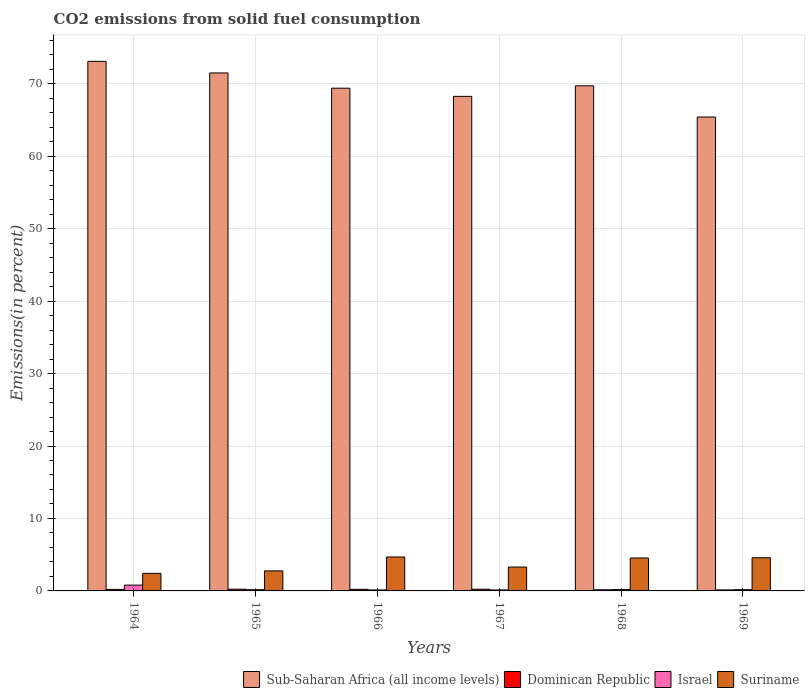
| Years | Sub-Saharan Africa (all income levels) | Dominican Republic | Israel | Suriname |
 | --- | --- | --- | --- | --- |
 | 1964 | 73.1 | 0.21 | 0.802 | 2.42 |
 | 1965 | 71.5 | 0.237 | 0.17 | 2.76 |
 | 1966 | 69.4 | 0.219 | 0.135 | 4.68 |
 | 1967 | 68.3 | 0.234 | 0.135 | 3.3 |
 | 1968 | 69.7 | 0.156 | 0.186 | 4.55 |
 | 1969 | 65.4 | 0.138 | 0.173 | 4.58 |